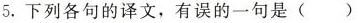
5.下列各句的译文，有误的一句是()